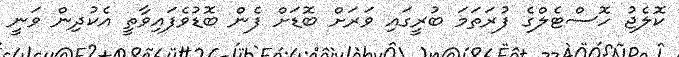
ކޮލެޖު ހޮސްޓެލްގެ ފުރަތަމަ ބުރީގައި ވަރަށް ބޮޑަށް ފެން ބޮޑުވެފައިވާތީ އެކުދިން ވަނީ